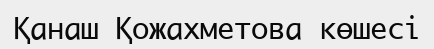
Қанаш Қожахметова көшесі